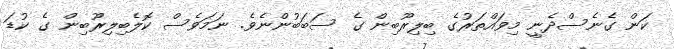
ކަން ގެނެސްދެނީ މިވައްތަރުގެ ބިލިރޫބިން ގެ ސަބަބުންނެވެ. ނަމަވެސް ކޮލެބިލިރޫބިން ގެ ކުޑަ